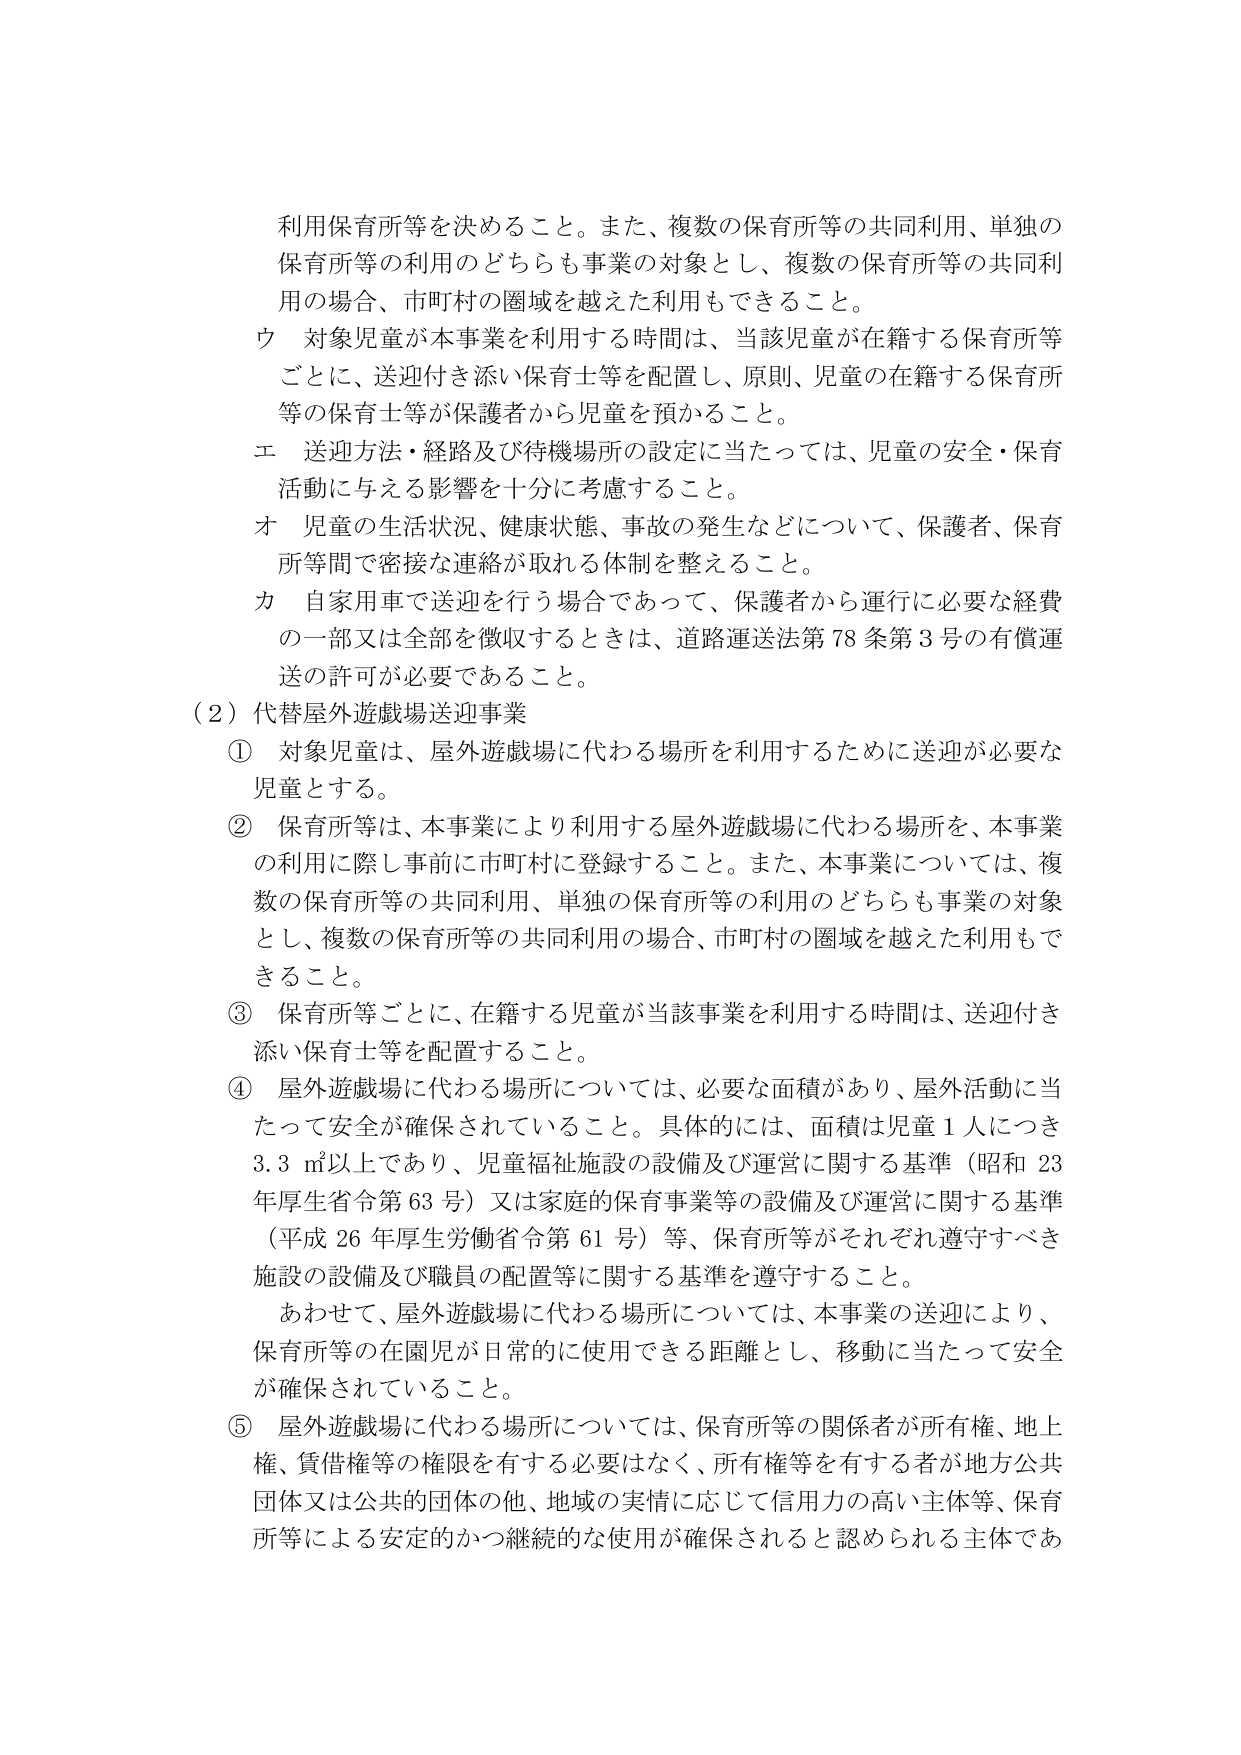
利用保育所等を決めること。また、複数の保育所等の共同利用、単独の保育所等の利用のどちらも事業の対象とし、複数の保育所等の共同利用の場合、市町村の圏域を越えた利用もできること。

ウ 対象児童が本事業を利用する時間は、当該児童が在籍する保育所等ごとに、送迎付き添い保育士等を配置し、原則、児童の在籍する保育所等の保育士等が保護者から児童を預かること。

エ 送迎方法・経路及び待機場所の設定に当たっては、児童の安全・保育活動に与える影響を十分に考慮すること。

オ 児童の生活状況、健康状態、事故の発生などについて、保護者、保育所等間で密接な連絡が取れる体制を整えること。

カ 自家用車で送迎を行う場合であって、保護者から運行に必要な経費の一部又は全部を徴収するときは、道路運送法第78条第3号の有償運送の許可が必要であること。

（2）代替屋外遊戯場送迎事業

① 対象児童は、屋外遊戯場に代わる場所を利用するため送迎が必要な児童とする。

② 保育所等は、本事業により利用する屋外遊戯場に代わる場所を、本事業の利用に際し事前に市町村に登録すること。また、本事業については、複数の保育所等の共同利用、単独の保育所等の利用のどちらも事業の対象とし、複数の保育所等の共同利用の場合、市町村の圏域を越えた利用もできること。

③ 保育所等ごとに、在籍する児童が当該事業を利用する時間は、送迎付き添い保育士等を配置すること。

④ 屋外遊戯場に代わる場所については、必要な面積があり、屋外活動に当たって安全が確保されていること。具体的には、面積は児童1人につき3.3㎡以上であり、児童福祉施設の設備及び運営に関する基準（昭和23年厚生省令第63号）又は家庭的保育事業等の設備及び運営に関する基準（平成26年厚生労働省令第61号）等、保育所等がそれぞれ遵守すべき施設の設備及び職員の配置等に関する基準を遵守すること。

あわせて、屋外遊戯場に代わる場所については、本事業の送迎により、保育所等の在園児が日常的に使用できる距離とし、移動に当たって安全が確保されていること。

⑤ 屋外遊戯場に代わる場所については、保育所等の関係者が所有権、地上権、賃借権等の権限を有する必要はなく、所有権等を有する者が地方公共団体又は公共の団体の他、地域の実情に応じて信用力の高い主体等、保育所等による安定的かつ継続的な使用が確保されると認められる主体であ